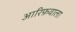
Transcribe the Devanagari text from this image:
आरिफ़वाला